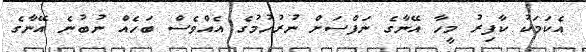
އެކަމަކު ކާފިރު މީހާ އޭނާގެ ނަފްސަށް ނުރުހުމުގެ އެއްވެސް ބަހެއް ނުބުނެ އޭނާގެ